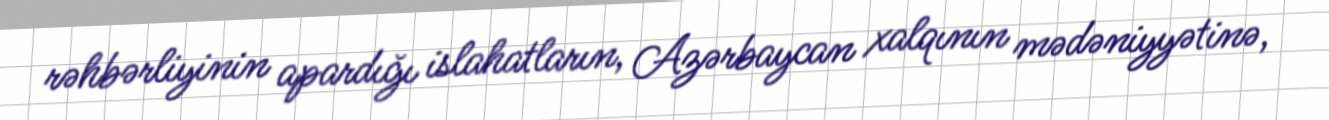
rəhbərliyinin apardığı islahatların, Azərbaycan xalqının mədəniyyətinə,